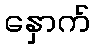
နှောက်